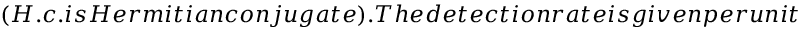
( H . c . i s H e r m i t i a n c o n j u g a t e ) . T h e d e t e c t i o n r a t e i s g i v e n p e r u n i t s o f f a r - f i e l d s o l i d a n g l e s